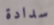
سدادة